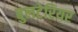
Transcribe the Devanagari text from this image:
बुलटेरियर